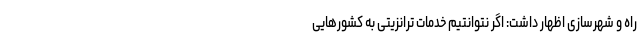
راه و شهرسازی اظهار داشت: اگر نتوانتیم خدمات ترانزیتی به کشورهایی